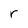
Character: r